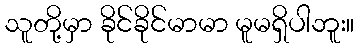
သူတို့မှာ ခိုင်ခိုင်မာမာ မူမရှိပါဘူး။